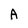
Character: A